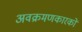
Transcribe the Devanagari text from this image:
अवक्रमणकारकों